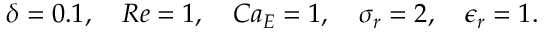
\delta = 0 . 1 , \quad R e = 1 , \quad C a _ { E } = 1 , \quad \sigma _ { r } = 2 , \quad \epsilon _ { r } = 1 .